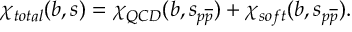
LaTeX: \chi _ { t o t a l } ( b , s ) = \chi _ { Q C D } ( b , s _ { p \overline { { { p } } } } ) + \chi _ { s o f t } ( b , s _ { p \overline { { { p } } } } ) .